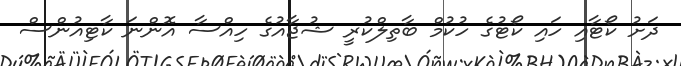
ދަށު ކޯޓާއި ހައި ކޯޓުގެ ހުކުމް ބާތިލްކުރީ ޝުޖާއުގެ ހިއްސާ އޮންނަ ކާޓިއުންސް